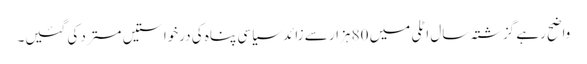
واضح رہے گزشتہ سال اٹلی میں 80 ہزار سے زائد سیاسی پناہ کی درخواستیں مسترد کی گئیں۔